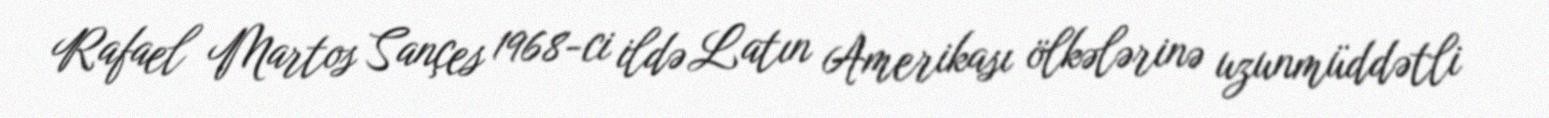
Rafael Martos Sançes 1968-ci ildə Latın Amerikası ölkələrinə uzunmüddətli